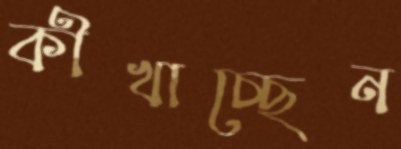
কীখাচ্ছেন